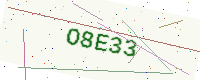
Text: O8E33